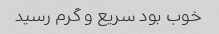
خوب بود سریع و گرم رسید